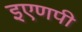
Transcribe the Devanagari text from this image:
इएणपी